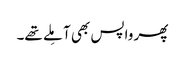
پھر واپس بھی آ مِلے تھے۔